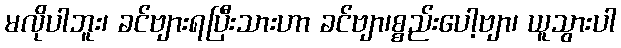
မလိုပါဘူး၊ ခင်ဗျားရပြီးသားဟာ ခင်ဗျာ၊စ္စည်းပေါ့ဗျာ၊ ယူသွားပါ